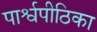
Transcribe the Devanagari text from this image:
पार्श्वपीठिका